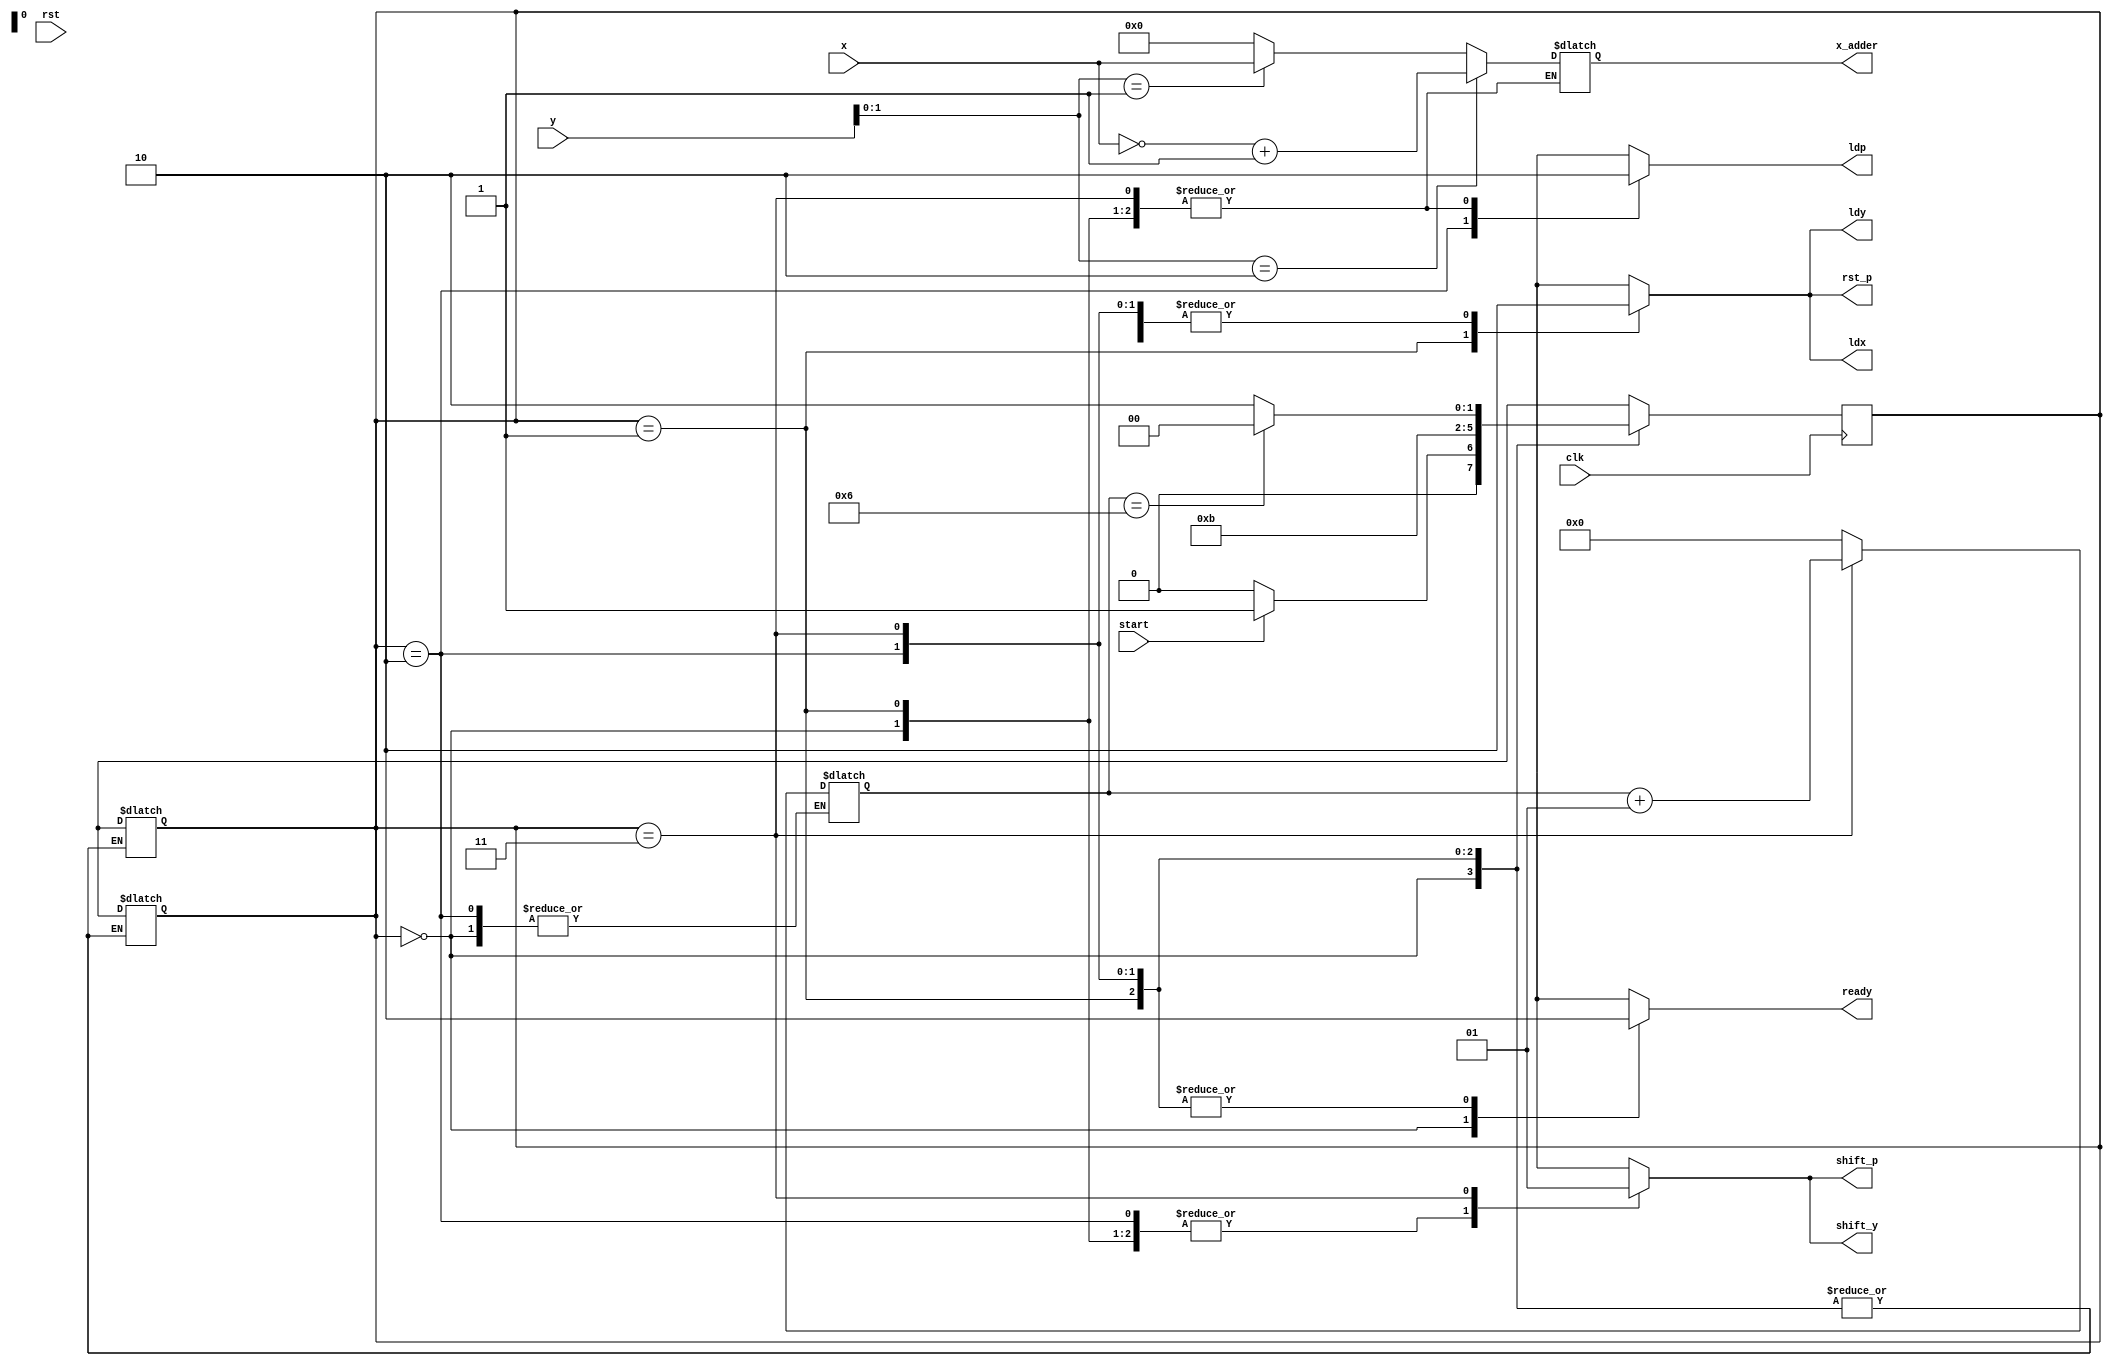
`timescale 1ns/1ns
module Controller(input [5:0] x , input [6:0] y , input clk , rst , start , output reg ready , ldx , ldy , ldp , rst_p , shift_p , shift_y , output reg [5:0] x_adder);
  reg [1:0] ns , ps;
  integer counter;
  
  always @(posedge clk) begin
    ps <= ns;
  end 
  
  always @(ps , start , counter) begin
    case(ps)
      2'b00: ns = start ? 2'b01 : 2'b00;
      2'b01: ns = 2'b10;
      2'b10: ns = 2'b11;
      2'b11: ns = (counter == 6)? 2'b00 : 2'b10;
      default ps = 2'b00;
    endcase
  end
  
  always @(ps) begin
    {ldx , ldy , ldp , rst_p , shift_p , shift_y , ready} = 7'b0;
    case(ps)
      2'b00: ready = 1;
      2'b01: begin
        ldx = 1;
        ldy = 1;
        rst_p = 1;
        counter = 0;
      end
      2'b10: begin
        ldp = 1;
        if({y[1] , y[0]} == 2'b10)
          x_adder = ~x + 1;
        else if({y[1] , y[0]} == 2'b01)
          x_adder = x;
        else
          x_adder = 6'b0;
      end
      2'b11: begin 
      shift_p = 1;
      shift_y = 1;
      counter = counter + 1;
      end
      default ps = 2'b00;
    endcase
  end
endmodule